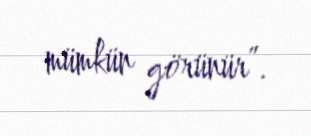
mümkün görünür”.